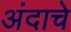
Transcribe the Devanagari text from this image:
अंदाचे